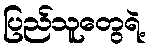
ပြည်သူတွေရဲ့